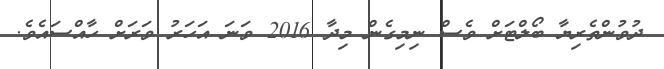
ދުވުންތެރިޔާ ބޯލްޓަށް ވެސް ނިމިގެން މިދާ 2016 ވަނަ އަހަރު ވަރަށް ހާއްސައެވެ.